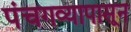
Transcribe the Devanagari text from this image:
पंचगव्यापासून